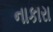
નાકારા